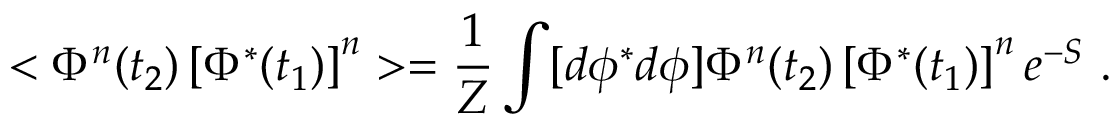
< \Phi ^ { n } ( t _ { 2 } ) \left[ \Phi ^ { * } ( t _ { 1 } ) \right] ^ { n } > = { \frac { 1 } { Z } } \int [ d \phi ^ { * } d \phi ] \Phi ^ { n } ( t _ { 2 } ) \left[ \Phi ^ { * } ( t _ { 1 } ) \right] ^ { n } e ^ { - S } \ .